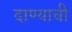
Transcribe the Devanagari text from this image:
दाण्याची